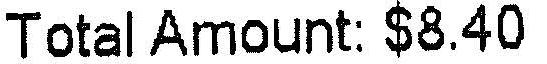
TOTAL AMOUNT: $8.40